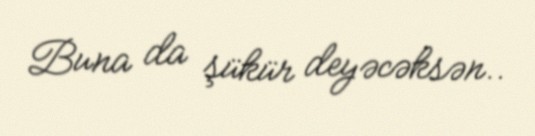
Buna da şükür deyəcəksən..